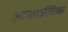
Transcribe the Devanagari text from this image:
आन्तार्जतिक